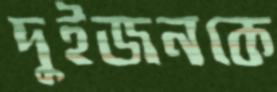
দুইজনকে